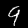
Label: 9